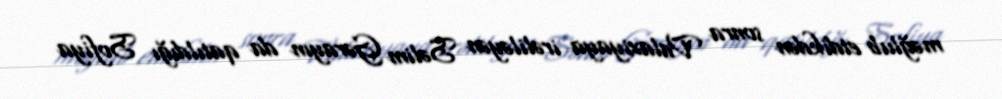
məğlub etdikdən sonra Valaxiyaya irəliləyən Səlim Gərayın da qatıldığı Sofiya